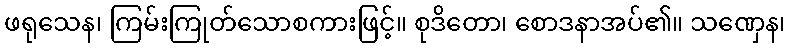
ဖရုသေန၊ ကြမ်းကြုတ်သောစကားဖြင့်။ စုဒိတော၊ စောဒနာအပ်၏။ သဏှေန၊